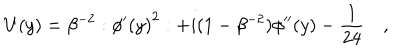
LaTeX: U ( y ) = \beta ^ { - 2 } : { \phi ^ { \prime } ( y ) } ^ { 2 } : + i ( 1 - \beta ^ { - 2 } ) \phi ^ { \prime \prime } ( y ) - \frac { 1 } { 2 4 } \quad ,